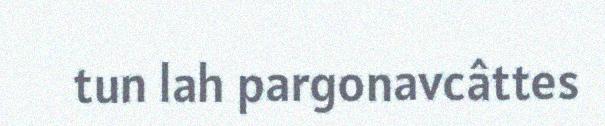
tun lah pargonavcâttes